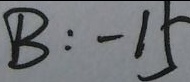
B : - 1 5